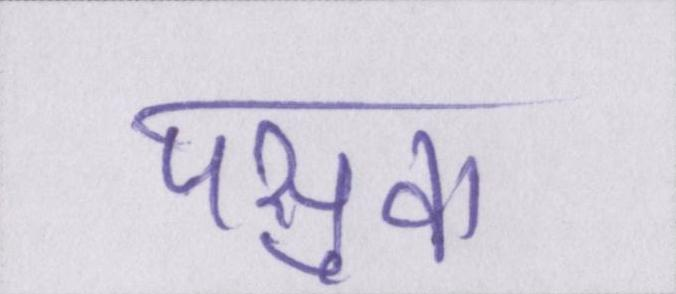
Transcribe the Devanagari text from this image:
पसुवा